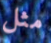
مثل